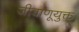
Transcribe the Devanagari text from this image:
जीवाणूयुक्त